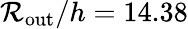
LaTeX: \mathcal{R}_{\mathrm{{out}}}/h=14.38